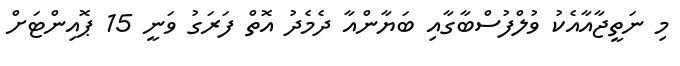
މި ނަތީޖާއާއެކު ވުލްފުސްބާގާއި ބަޔާންއާ ދެމެދު އޮތް ފަރަގު ވަނީ 15 ޕޮއިންޓަށް